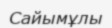
Сайымұлы